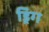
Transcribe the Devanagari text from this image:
ड्रिंग